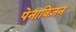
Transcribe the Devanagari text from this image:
पेनाविज़न